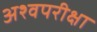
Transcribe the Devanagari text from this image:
अश्वपरीक्षा